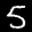
Label: 5